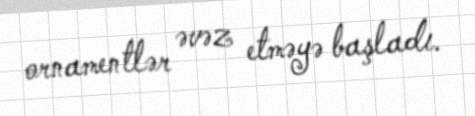
ornamentlər əvəz etməyə başladı.